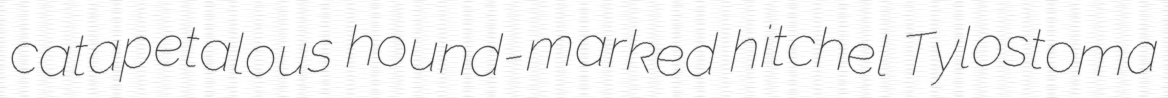
catapetalous hound-marked hitchel Tylostoma